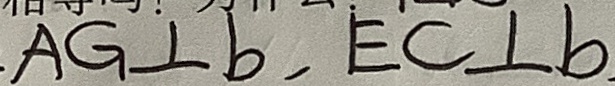
A G \bot b , E C \bot b